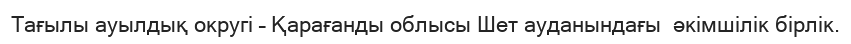
Тағылы ауылдық округі – Қарағанды облысы Шет ауданындағы  әкімшілік бірлік.